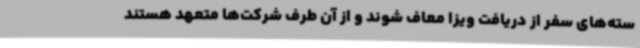
سته‌های سفر از دریافت ویزا معاف شوند و از آن طرف شرکت‌ها متعهد هستند